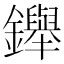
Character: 𨯾